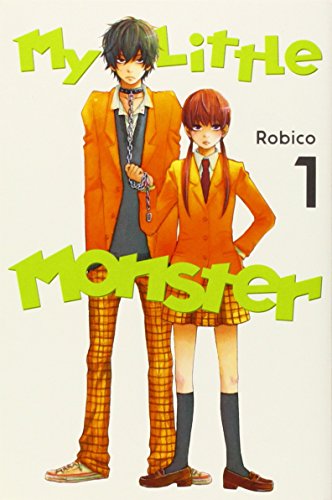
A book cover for My Little Monster 1; Robico; Comics & Graphic Novels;